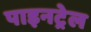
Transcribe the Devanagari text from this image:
पाइनट्रेल